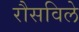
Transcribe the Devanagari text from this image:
रौसविले